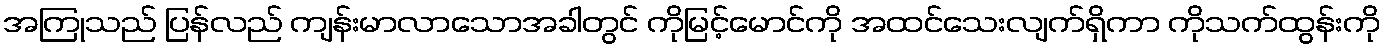
အကြုသည် ပြန်လည် ကျန်းမာလာသောအခါတွင် ကိုမြင့်မောင်ကို အထင်သေးလျက်ရှိကာ ကိုသက်ထွန်းကို